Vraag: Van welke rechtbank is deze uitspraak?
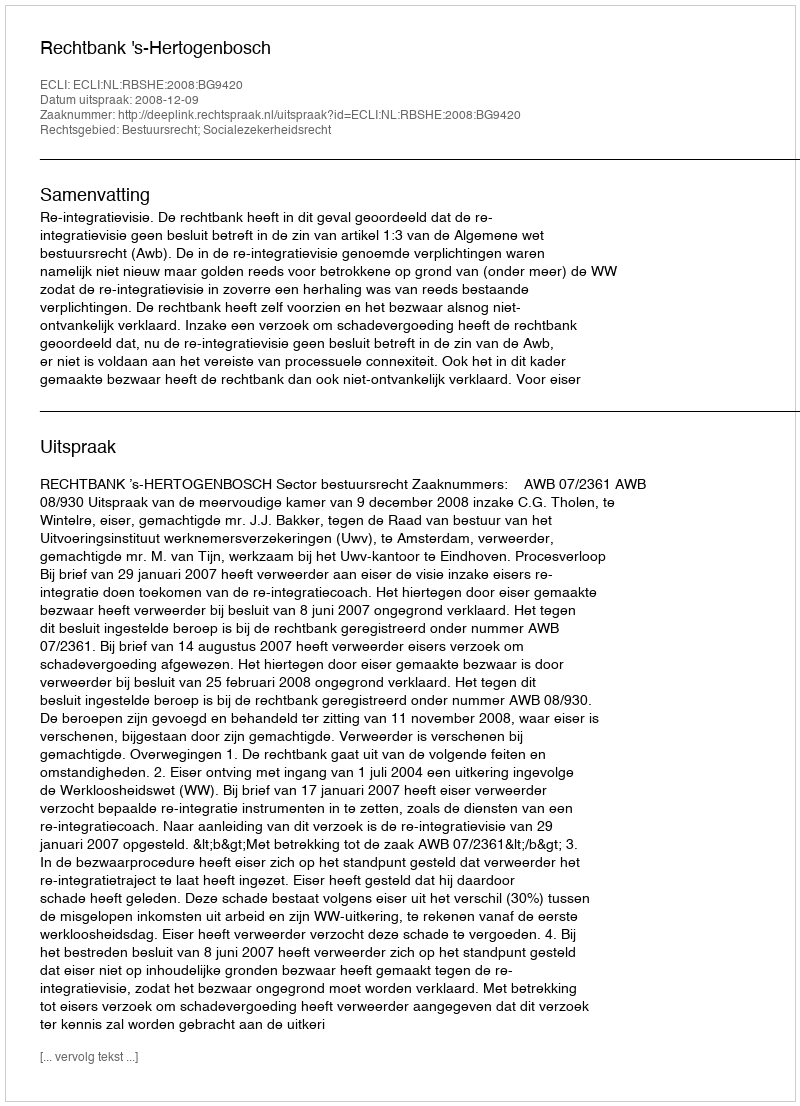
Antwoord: Rechtbank 's-Hertogenbosch